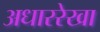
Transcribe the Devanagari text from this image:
अधाररेखा